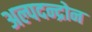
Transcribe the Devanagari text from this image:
अल्पदन्द्रोन